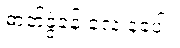
ဓာတ်ခွဲခန်းလေးနဲ့ပေါ့။